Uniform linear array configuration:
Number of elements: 48
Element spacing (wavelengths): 0.5
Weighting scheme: uniform
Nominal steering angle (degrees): -45
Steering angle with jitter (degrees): -46.263
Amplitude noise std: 0.05
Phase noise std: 0.05

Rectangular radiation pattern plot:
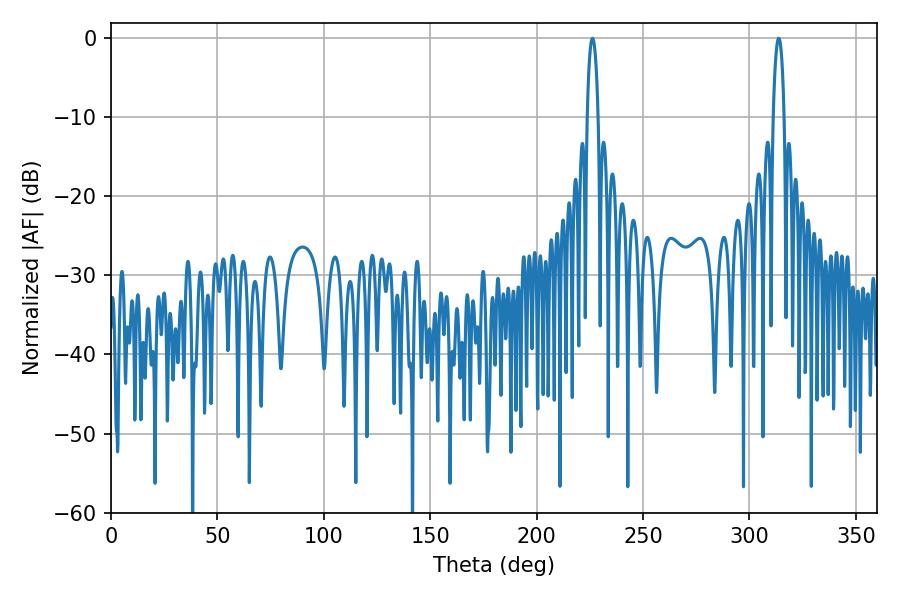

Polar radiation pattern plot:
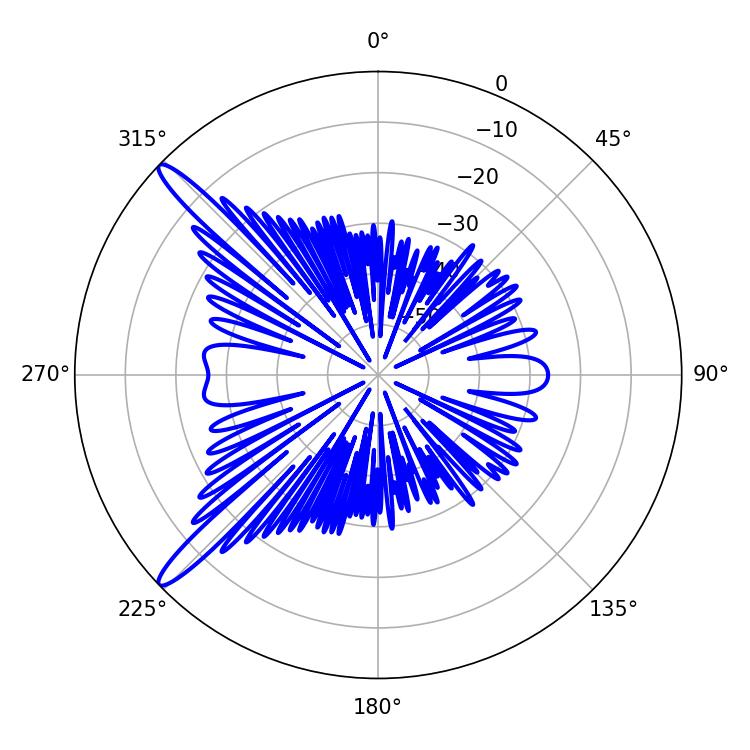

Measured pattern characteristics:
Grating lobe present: FALSE
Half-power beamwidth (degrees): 2.88
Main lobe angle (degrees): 226.26